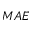
M A E